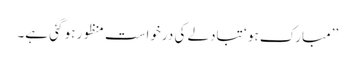
’’مبارک ہو ‘ تبادلے کی درخواست منظور ہو گئی ہے۔